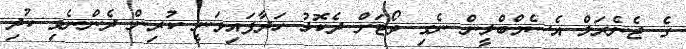
ގެ ޖެނެރަލް އެސެމްބްލީން ނެގި ވޯޓަށް ދެކޮޅު ހަދާފައިވަނީ ކުރިން ދެންނެވި ކުދި